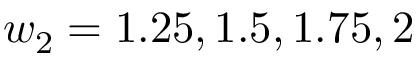
w _ { 2 } = 1 . 2 5 , 1 . 5 , 1 . 7 5 , 2